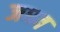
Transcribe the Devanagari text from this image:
जधव